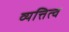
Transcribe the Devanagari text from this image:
व्यत्तित्व